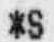
*S